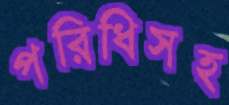
পরিধিসহ